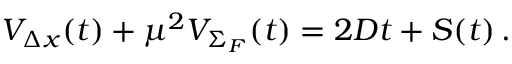
{ \cal V } _ { \Delta x } ( t ) + \mu ^ { 2 } { \cal V } _ { \Sigma _ { F } } ( t ) = 2 D t + { \cal S } ( t ) \, .